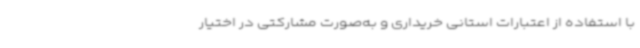
با استفاده از اعتبارات استانی خریداری و به‌صورت مشارکتی در اختیار